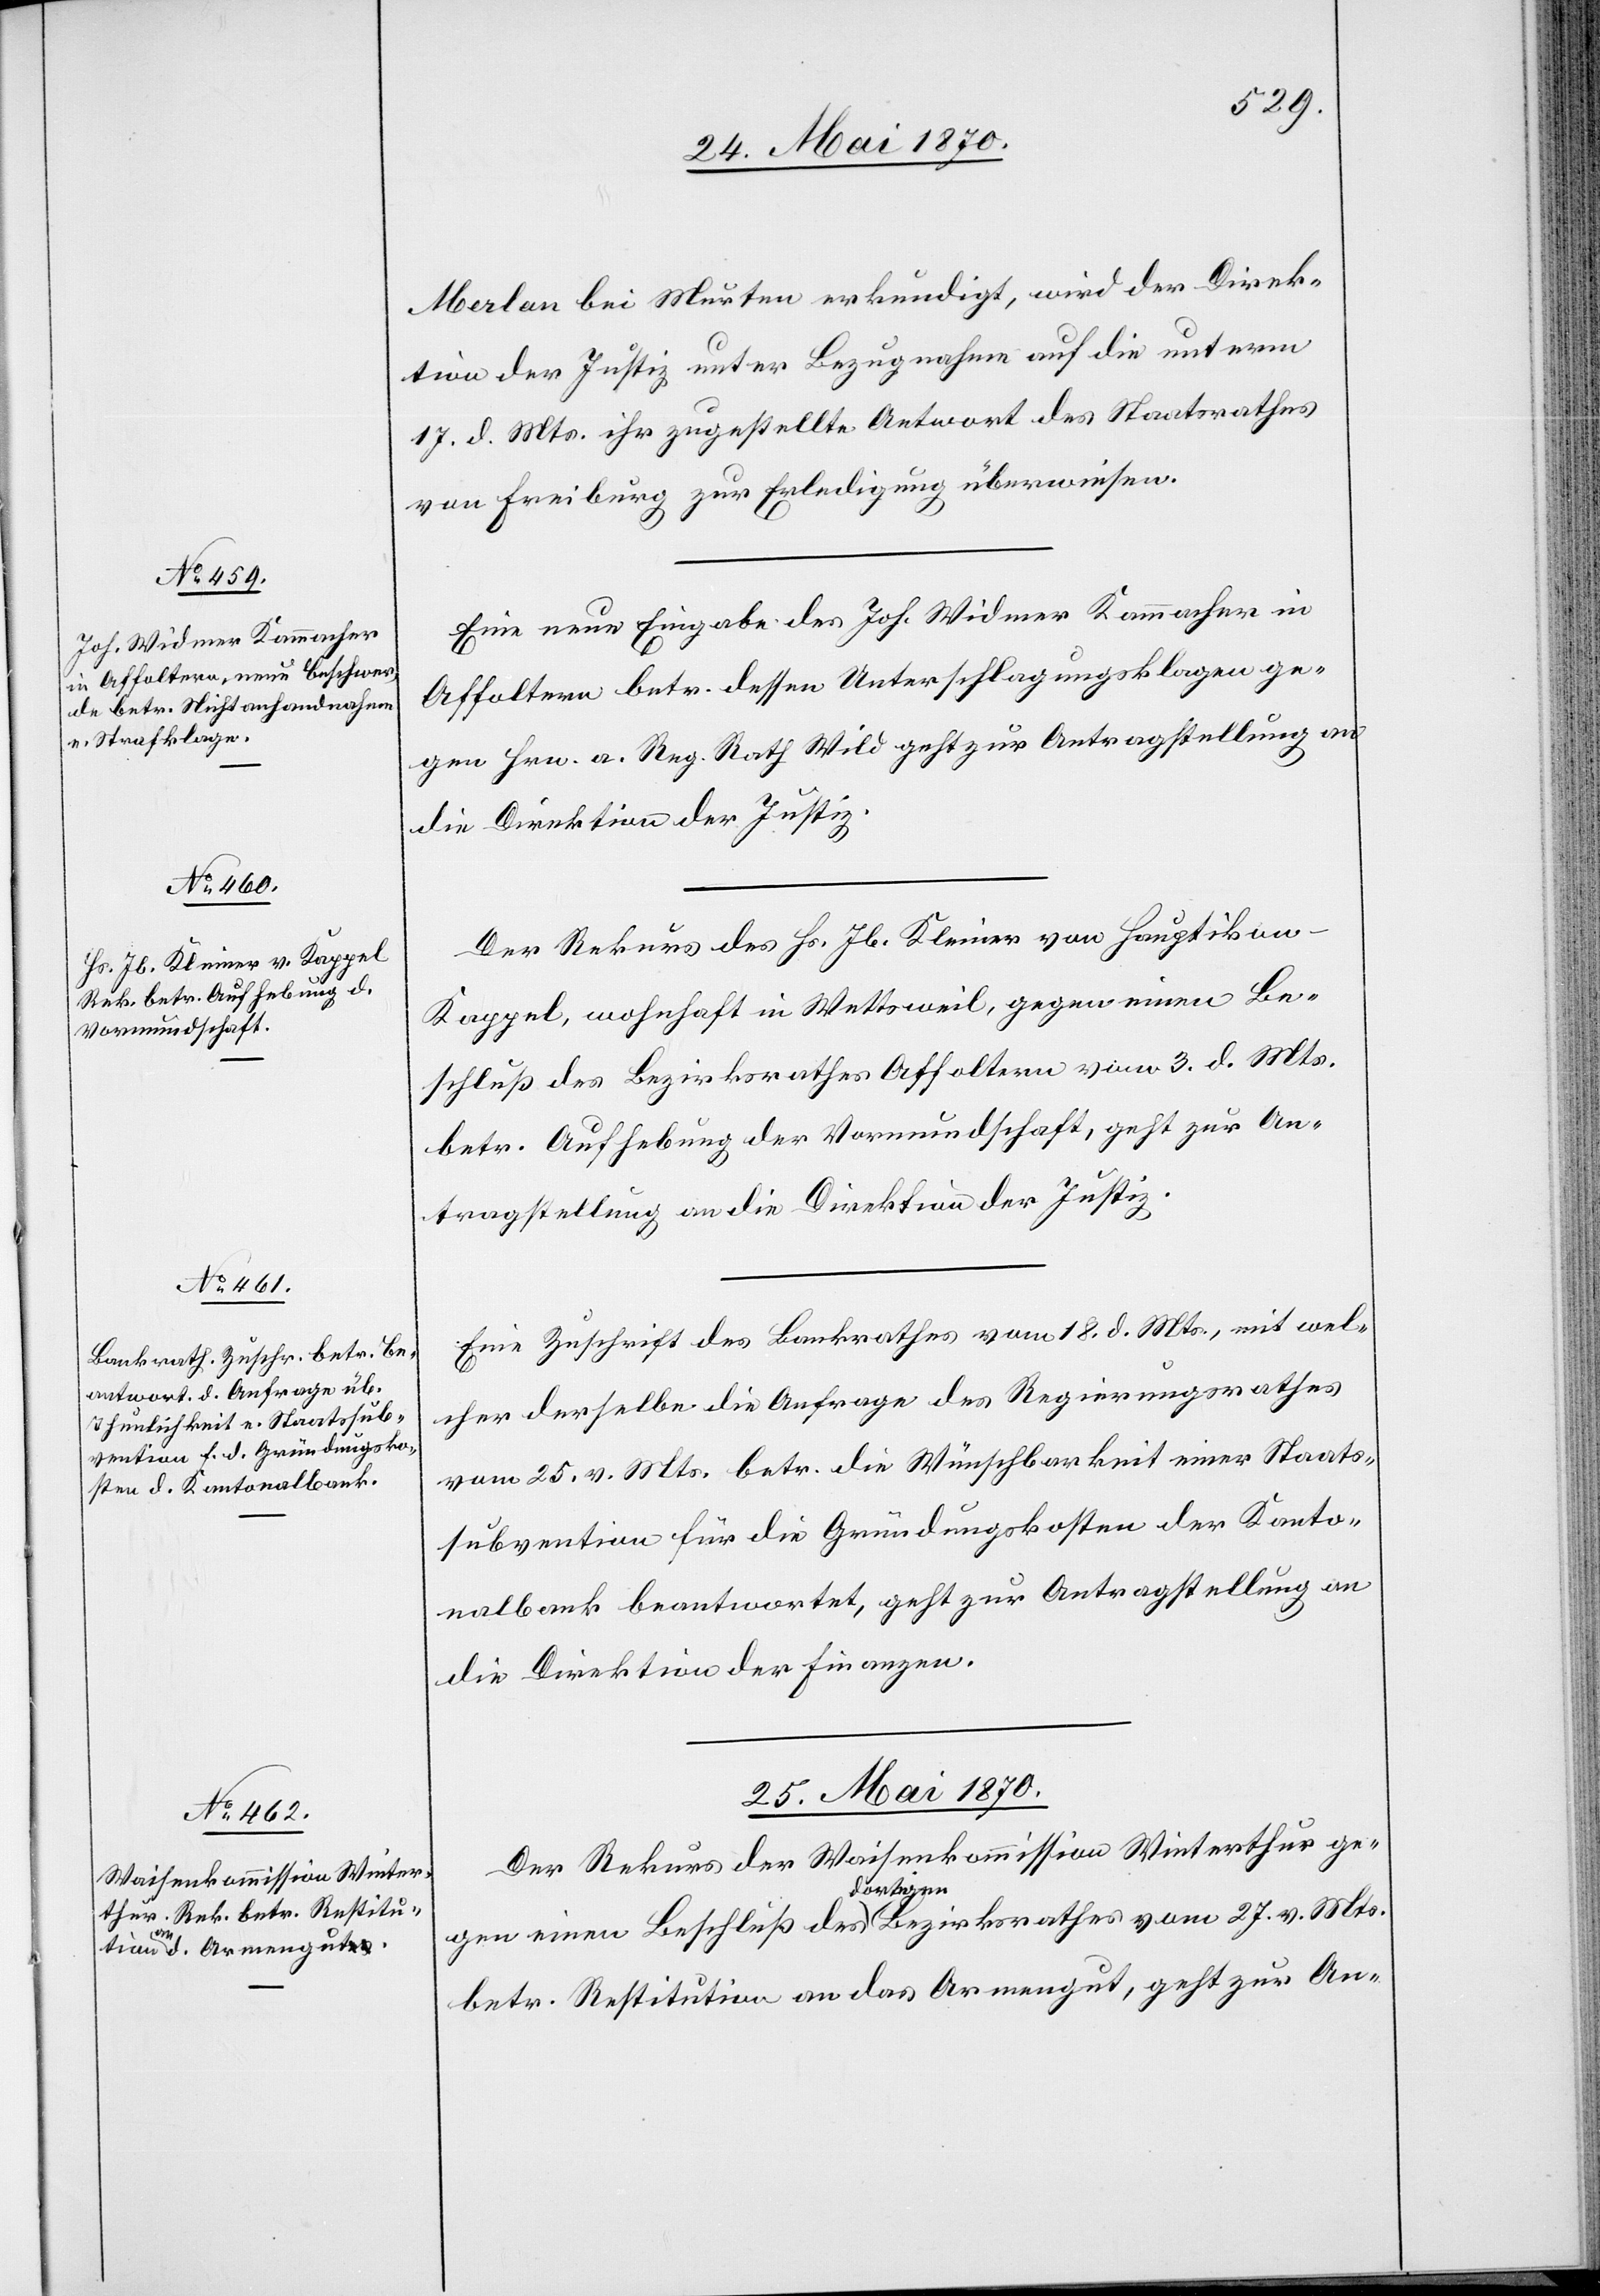
24. Mai 1870.]
Merlan bei Murten erkundigt, wird der Direk¬
tion der Justiz unter Bezugnahme auf die unterm
17. d. Mts. ihre zugestellte Antwort des Staatsrathes
von Freiburg zur Erledigung überwiesen.
Eine neue Eingabe des Joh. Widmer Kammacher in
Affoltern betr. dessen Unterschlagungsklagen ge¬
gen Hrn. a. Reg. Rath Wild geht zur Antragstellung an
die Direktion der Justiz.
Der Rekurs des Hs. Jb. Kleiner von Hauptikon
Kappel, wohnhaft in Wettsweil, gegen einen Be¬
schluß des Bezirksrathes Affoltern vom 3. d. Mts.
betr. Aufhebung der Vormundschaft, geht zur An¬
tragstellung an die Direktion der Justiz.
Eine Zuschrift des Bankrathes vom 18. d. Mts., mit wel¬
cher derselbe die Anfrage des Regierungsrathes
vom 25. v. Mts. betr. die Wünschbarkeit einer Staats¬
subvention für die Gründungskosten der Kanto¬
nalbank beantwortet, geht zur Antragstellung an
die Direktion der Finanzen.
25. Mai 1870.
Der Rekurs der Waisenkommission Winterthur ge¬
gen einen Beschluß des a-dortigen-a Bezirksrathes vom 27. v. Mts.
betr. Restitution an das Armengut, geht zur An-